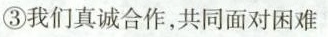
③我们真诚合作，共同面对困难